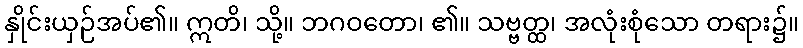
နှိုင်းယှဉ်အပ်၏။ ဣတိ၊ သို့။ ဘဂဝတော၊ ၏။ သဗ္ဗတ္ထ၊ အလုံးစုံသော တရား၌။